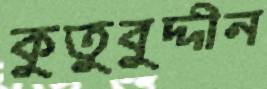
কুতুবুদ্দীন